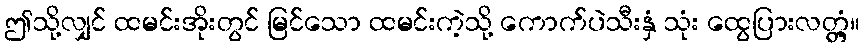
ဤသို့လျှင် ထမင်းအိုးတွင် မြင်သော ထမင်းကဲ့သို့ ကောက်ပဲသီးနှံ သုံး ထွေပြားလတ္တံ့။